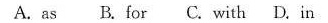
A. as B. for C. with D. in